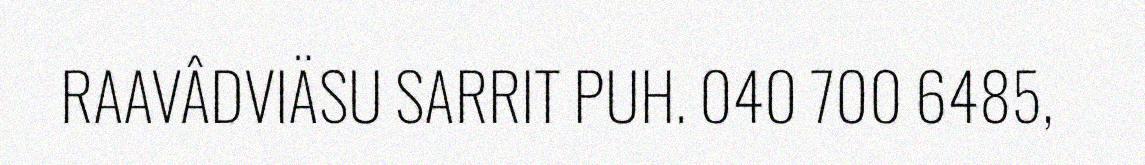
RAAVÂDVIÄSU SARRIT PUH. 040 700 6485,